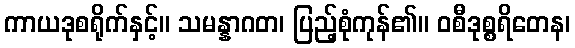
ကာယဒုစရိုက်နှင့်။ သမန္နာဂတ၊ ပြည့်စုံကုန်၏။ ဝစီဒုစ္စရိတေန၊